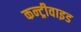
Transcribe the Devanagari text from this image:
कन्ट्रीवाइड